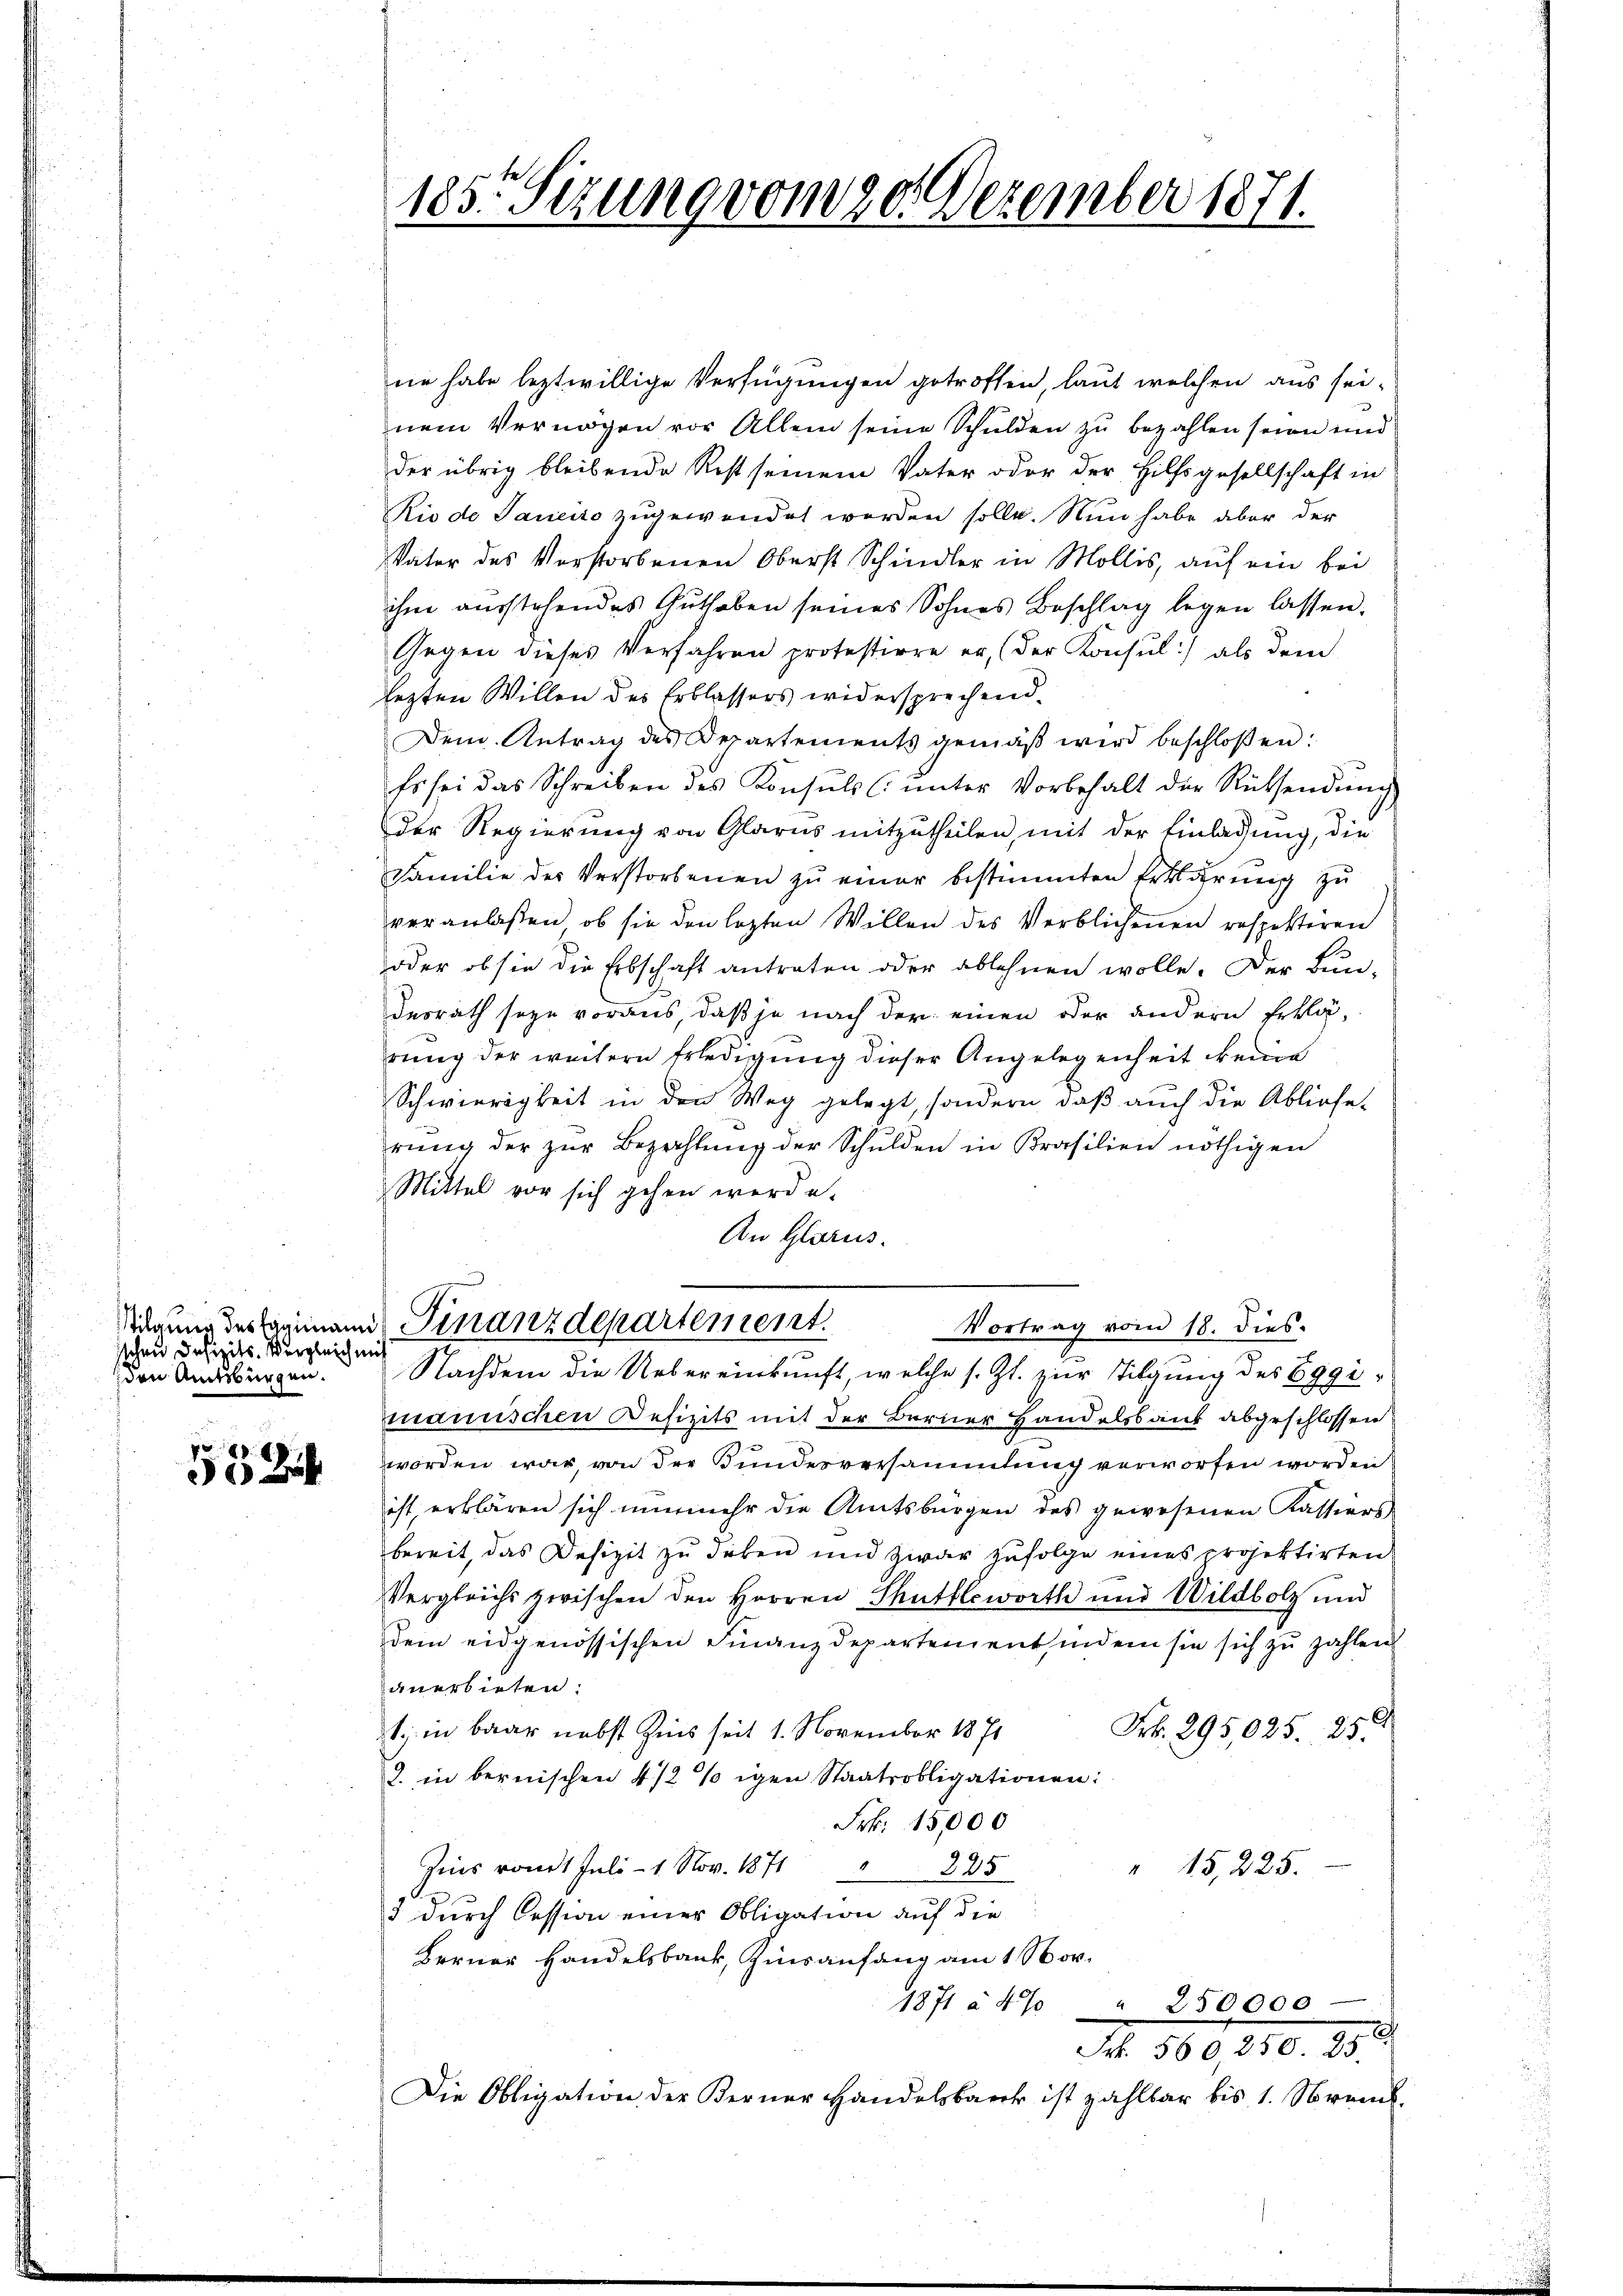
stchen Defizits. Vergleich mich
den Amtsbürgen.

e

185. Sizung vom 20. Dezember 1871.

ne habe leztwillige Verfügungen getroffen, laut welchen aus seinem Vermögen vor Allem seine Schulden zu bezahlen seien und
der übrig bleibende Rest seinem Vater oder der Hilfsgesellschaft in
Rio de Janeiro zugewendet worden solle. Nun habe aber der
Vater des Verstorbenen Oberst Schindler in Mollis, auf ein bei
ihm ausstehendes Guthaben seines Sohnes Beschlag legen lassen.
Gegen dieses Verfahren protestirre er, (der Konsul:/ als dem
lezten Willen des Erblassers widersprechend.
Dem Antrag des Departements gemäβ wird beschloßen:
Es sei das Schreiben des Konsŭls (: ŭnter Vorbehalt der Rücksendŭng
der Regierung von Glarus mitzutheilen, mit der Einladung, die
Familie des Verstorbenen zŭ einer bestimmten Erklärŭng zu
veranlaßen, ob sie den lezten Willen des Verblichenen respektiren
oder ob sie die Erbschaft antraten oder ablehnen wolle. Der Bun-
desrath seyn voraus, daß je nach der einen oder andern Erklärung der weitere Erledigung dieser Angelegenheit keine
Schwierigkeit in den Weg gelegt, sondern, daß auch die Abliefe
rŭng der zŭr Bezahlŭng der Schŭlden in Prasilien nöthigen
Mittel vor sich gehen werde.
An Glarus.
.
Tagung des Heimann Finanzdepartement.
Vortrag vom 18. dies.

mannischen Defizits mit der Berner Handelsbank abgeschlossen
worden war, von der Bundesversammlung verworfen worden
ist erklären sich nunmehr die Amtsbürgen des gewesenen Kassiers
bereit, das Defizit zu dicken und zwar zufolge eines projektirten
Vergleichs zwischen den Herren Thutflewirth und Wildbolz und
dem eidgenössischen Finanzdepartement, indem sie sich zu zahlen
anerbieten:
1. in baar nebst Zins seit 1. November 1871
Frk. 295,025. 25.
2. in bernischen 4 1/2 % igen Staatsobligationen:
Frk. 15,000
Zins vom 1 Juli1 Nov. 1871 " 225
" 15, 225.
5 durch Cession einer Obligation auf die
Ferner Handelsbank, Zinsanfang am 1. Nov.
1871 à 4% " 250000
Frk. 560250. 25.
Die Obligation der Berner Handelsbaeck ist zahlbar bis 1. Strank.

Nachdem die Uebereinkunft, welche s. Zt. zur Tilgung des Eggi¬